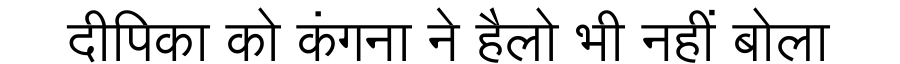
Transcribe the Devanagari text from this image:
दीपिका को कंगना ने हैलो भी नहीं बोला